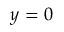
y = 0